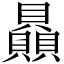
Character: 贔